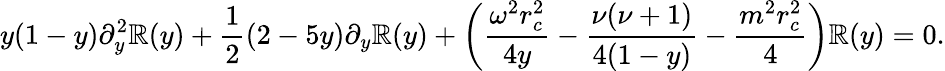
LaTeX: y(1-y)\partial_{y}^{2}\mathbb{R}(y)+\frac{{1}}{{2}}(2-5y)\partial_{y}\mathbb{R}(y)+\left(\frac{{\omega^{2}r_{c}^{2}}}{{4y}}-\frac{{\nu(\nu+1)}}{{4(1-y)}}-\frac{{m^{2}r_{c}^{2}}}{{4}}\right)\mathbb{R}(y)=0.